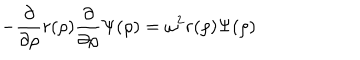
LaTeX: - \frac { \partial } { \partial \rho } r ( \rho ) \frac { \partial } { \partial \rho } \Psi ( \rho ) = \omega ^ { 2 } r ( \rho ) \Psi ( \rho )